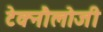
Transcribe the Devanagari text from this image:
टेक्नौलोजी